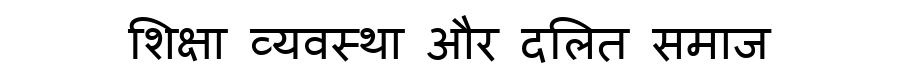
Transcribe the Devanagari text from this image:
शिक्षा व्यवस्था और दलित समाज